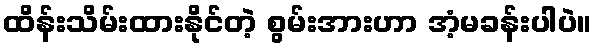
ထိန်းသိမ်းထားနိုင်တဲ့ စွမ်းအားဟာ အံ့မခန်းပါပဲ။